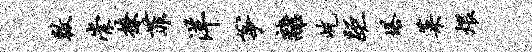
敕崇撩菲洋筝离屹距塔菜煨